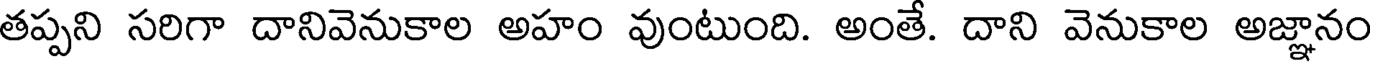
తప్పని సరిగా దానివెనుకాల అహం వుంటుంది. అంతే. దాని వెనుకాల అజ్ఞానం